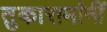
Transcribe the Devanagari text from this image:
तुकारामांनीं